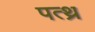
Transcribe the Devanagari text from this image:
पत्थ्र